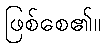
ဖြစ်စေ၏။